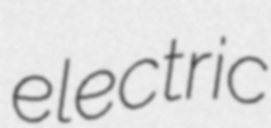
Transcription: electric